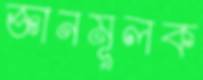
জ্ঞানমূলক